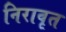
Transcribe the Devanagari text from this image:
निरावृत